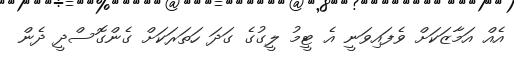
އެއް އަމާޒަކަށް ވެފައިވަނީ އެ ޓީމު ލީގުގެ ގަދަ ހަތަރަކަށް ގެންގޮސްދީ ދެން